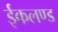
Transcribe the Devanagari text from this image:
ईकलण्ड